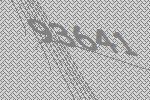
93641